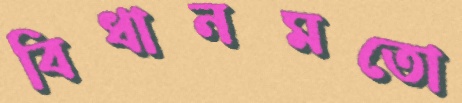
বিধানমতো